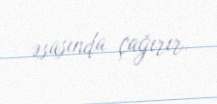
əsasında çağırır.